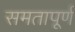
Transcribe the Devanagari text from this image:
समतापूर्ण